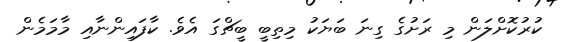
ކުރުކޮށްލަން މި ރަށުގެ ގިނަ ބަޔަކު މިތިބީ ބީޗްގަ އެވެ. ކާފައިންނާއި މާމަމެން